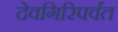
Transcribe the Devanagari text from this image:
देवगिरिपर्वत